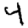
Digit: 4